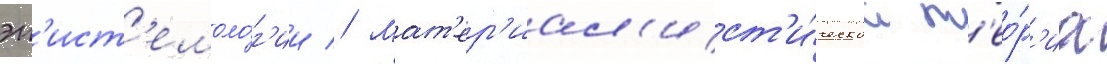
эп'ист'емоло́г'ии // Мат'ер'иал'ист'и́ческаа т'ео́р'иа